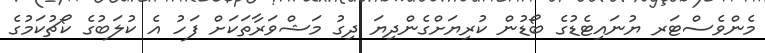
މެންވެސްޓަރ ޔުނައިޓެޑުގެ ބޯޑުން ކުރިޔަށްގެންދިޔަ ދިގު މަޝްވަރާތަކަށް ފަހު އެ ކުލަބުގެ ކޯޗުކަމުގެ